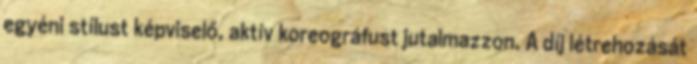
egyéni stílust képviselő, aktív koreográfust jutalmazzon. A díj létrehozását